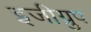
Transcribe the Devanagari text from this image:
इजीग्रुप